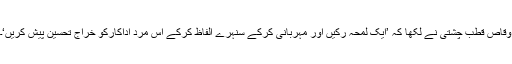
وقاص قطب چشتی نے لکھا کہ ’ایک لمحہ رکیں اور مہربانی کرکے سنہرے الفاظ کرکے اس مرد اداکارکو خراج تحسین پیش کریں‘۔